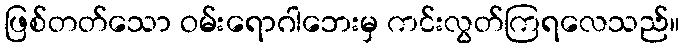
ဖြစ်တတ်သော ဝမ်းရောဂါဘေးမှ ကင်းလွတ်ကြရလေသည်။